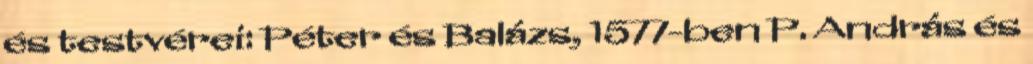
és testvérei: Péter és Balázs, 1577-ben P. András és